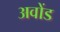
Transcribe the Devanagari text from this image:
अवोंड